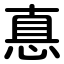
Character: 惪